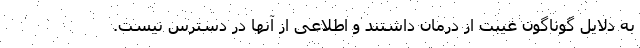
به دلایل گوناگون غیبت از درمان داشتند و اطلاعی از آنها در دسترس نیست.